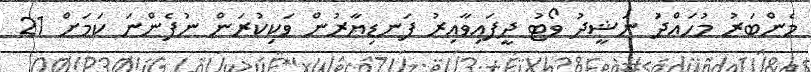
މެންބަރު މުހައްދަު ނަޝީދު ވޯޓު ދީފައިވާއިރު ފަނޑިޔާރުން ވަކިކުރަން ނުފެންނަ ކަމަށް 21